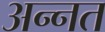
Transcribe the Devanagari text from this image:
अन्नत